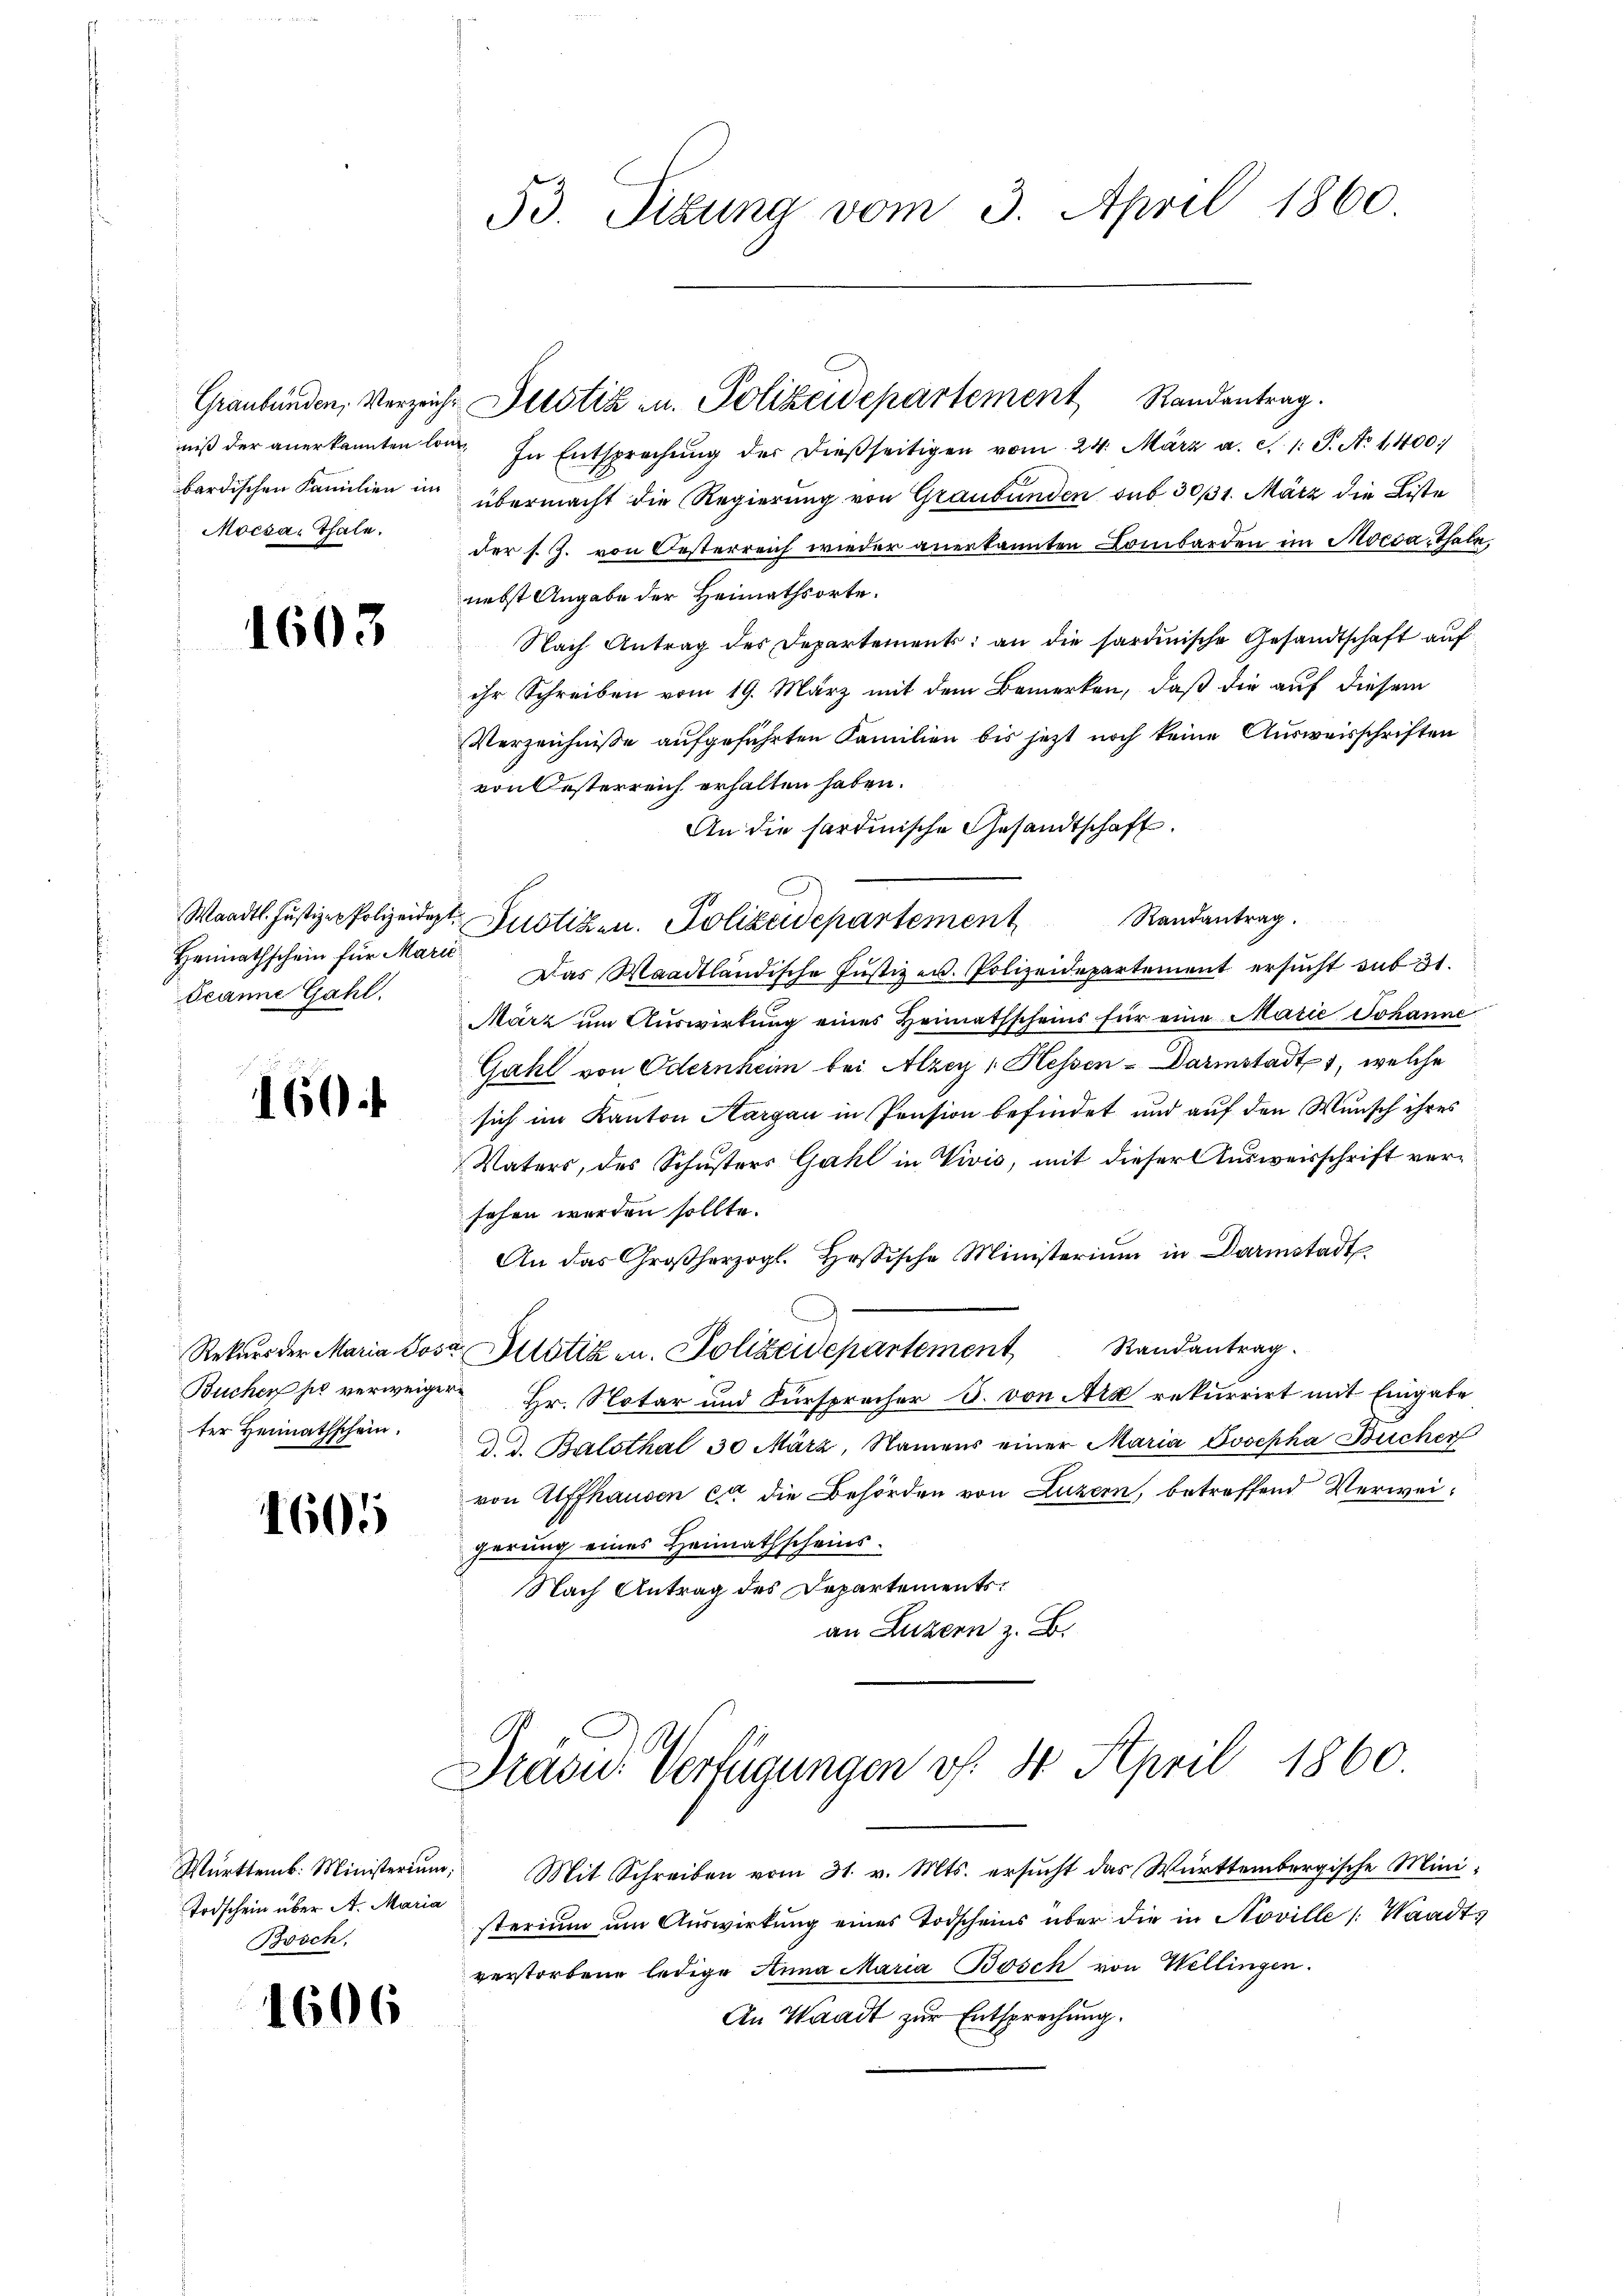
1603

Heimathschein für Marić
Seanne Gahl.

160.

ter Heimathschein.

1605

Todschein über A. Maria
Bosch,

1606

niß der anerkannten lang. In Entsprechŭng der dießseitigen vom 24. März a. c. 1 S. Ao 1400)
bardischen Familien im übermacht die Regierung von Graubünden sub 3011. März die Liste
Mocsa-Thale. der s. Z. von Oesterreich wieder anerkannten Lombarden im Mocca, Thale,
nebst Angabe der Heimathsorte.
Nach Antrag des Departement: an die sardinische Gesandtschaft auf
ihr Schreiben vom 19. März mit dem Bemerken, daß die auf diesem
Verzeichnisse aufgeführten Familien bis jetzt noch keine Ausweisschriften
von Oesterreich erhalten haben.
An die hardinische Gesandtschaft.
Waadt. Justiz-Polizeidigt. Justizen. Polizeidepartement Randantrag.
Das Waadtländische Justizen. Polizeidepartement ersucht sub 31.
März um Auswirkung eines Heimatsscheins für eine Marie Johanne
Gahl von Odernheim bei Alzer 1 Hessen-Darmstadt 1, welche
sich im Kanton Aargau in Pension befindet und auf den Wunsch ihres
Vaters, des Schusters Guhl in Vivis, mit dieser Ausweisschrift versehen worden sollte.
An das Großherzogl. Hesische Ministerium in Darmstadt
Rekurs der Maria Lose Pitstik u. Polizeidepartement Randantrag.
Buchen so verweiger Hr. Notar und Fürsprecher S. von Arx rekurrirt mit Eingabe
d. d. Balsthal 30 März, Namens einer Maria Josepha Bucher
von Affhausen er die Behörden von Luzern, betreffend Verweigerung eines Heimathscheins.
Nach Antrag des Departementsan Luzern z. B.

53. Titung vom 3. April 1860.

Graubünden, Verzeicht Prostiz zu. Polizeidepartement Standentrag.

Präsid. Verfügungen v. 4. April 1860.

Württemb. Ministerium. Mit Schreiben vom 31. v. Mts. ersucht das Württembergische Ministerium um Auswirkung eines Todscheins über die in Noville Waadt,
verstorbene ledige Anna Maria Bosch von Wellingen.
An Waadt zur Entsprechung.